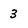
Character: 3